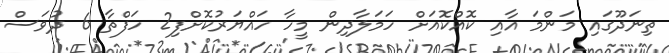
ތިނަދޫގައި މަންމަ އާއި ކޮއްކޮއަށް ހަމަލާދިން މީހާ ހައްޔަރުކޮށްފި2 ހަފްތާ 6 ދުވަސް